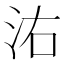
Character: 㳓